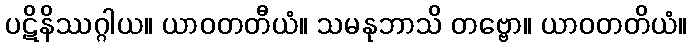
ပဋိနိဿဂ္ဂါယ။ ယာဝတတီယံ။ သမနုဘာသိ တဗ္ဗော။ ယာဝတတိယံ။